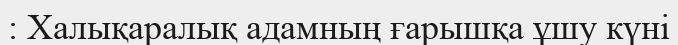
: Халықаралық адамның ғарышқа ұшу күні